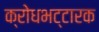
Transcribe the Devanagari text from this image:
क्रोधभट्टारक